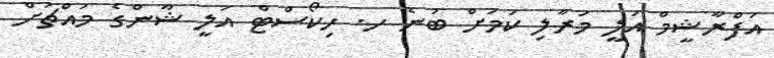
އަފްރާޝީމް އަލީ މަރާލި ކަމަށް ބުނެ ހ. ހިކޯސްޓް އަލީ ޝާންގެ މައްޗަށް